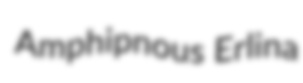
Amphipnous Erlina